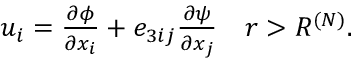
\begin{array} { r } { u _ { i } = \frac { \partial \phi } { \partial x _ { i } } + e _ { 3 i j } \frac { \partial \psi } { \partial x _ { j } } \quad r > R ^ { ( N ) } . } \end{array}